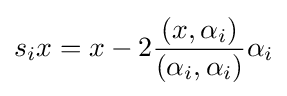
s_{i}x=x-2{(x,\alpha _{i}) \over (\alpha _{i},\alpha _{i})}\alpha _{i}